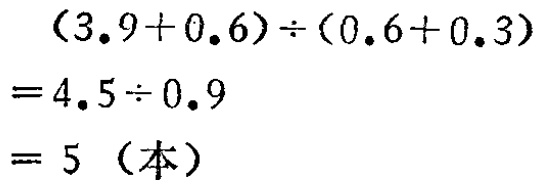
\[
\begin{align*}
&(3.9 + 0.6)\div(0.6 + 0.3)\\
=&4.5\div0.9\\
=& 5\ (\text{本})
\end{align*}
\]